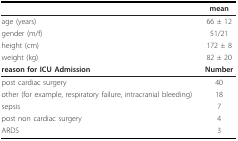
<table><thead><tr><td></td><td><b>mean</b></td></tr></thead><tbody><tr><td>age (years)</td><td>66 ± 12</td></tr><tr><td>gender (m/f)</td><td>51/21</td></tr><tr><td>height (cm)</td><td>172 ± 8</td></tr><tr><td>weight (kg)</td><td>82 ± 20</td></tr><tr><td><b>reason for ICU Admission</b></td><td><b>Number</b></td></tr><tr><td>post cardiac surgery</td><td>40</td></tr><tr><td>other (for example, respiratory failure, intracranial bleeding)</td><td>18</td></tr><tr><td>sepsis</td><td>7</td></tr><tr><td>post non cardiac surgery</td><td>4</td></tr><tr><td>ARDS</td><td>3</td></tr></tbody></table>